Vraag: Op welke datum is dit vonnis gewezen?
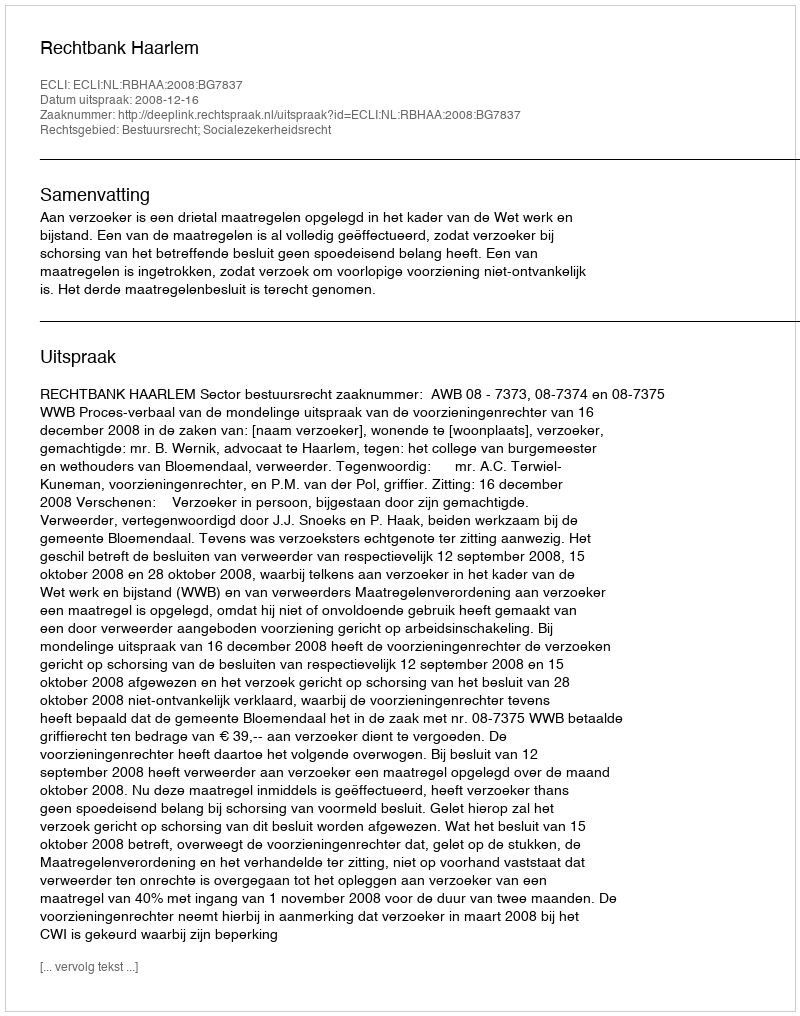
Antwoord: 2008-12-16